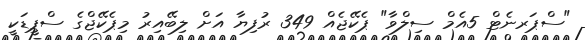
"ސްޕަރނެޓް 5އެމް ސިލްވާ" ޕެކޭޖެއް 349 ރުފިޔާ އަށް ލިބޭއިރު މިޕެކޭޖްގެ ސްޕީޑަކީ